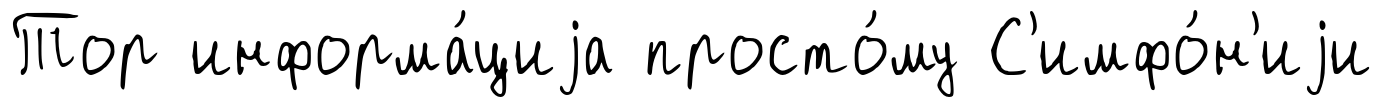
Тор информа́циjа просто́му С'имфо́н'иjи